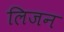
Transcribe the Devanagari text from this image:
लिजन